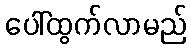
ပေါ်ထွက်လာမည်